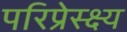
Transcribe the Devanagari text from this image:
परिप्रेस्क्ष्य